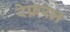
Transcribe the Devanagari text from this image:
रेफ़रल